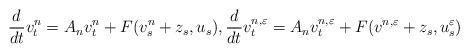
LaTeX: \begin{align*}\frac{d}{dt}v_t^n = A_n v_t^n + F(v^n_s + z_s, u_s), \frac{d}{dt}v_t^{n,\varepsilon} = A_n v_t^{n,\varepsilon} + F(v^{n,\varepsilon} + z_s, u^\varepsilon_s)\end{align*}